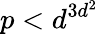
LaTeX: p<d^{3d^{2}}